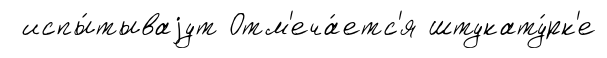
испы́тываjут Отм'еча́етс'я штукату́рк'е